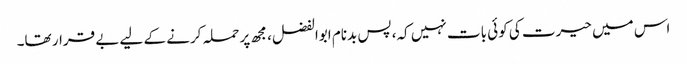
اس میں حیرت کی کوئی بات نہیں کہ، پس بدنام ابوالفضل، مجھ پر حملہ کرنے کے لیے بے قرار تھا۔